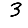
Digit: 3